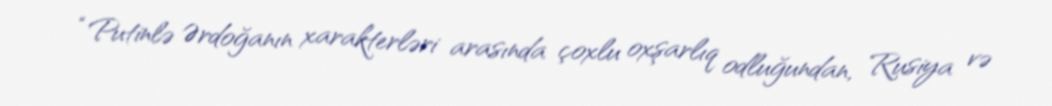
“Putinlə Ərdoğanın xarakterləri arasında çoxlu oxşarlıq odluğundan, Rusiya və